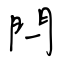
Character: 閂